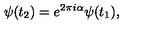
\psi ( t _ { 2 } ) = e ^ { 2 \pi i \alpha } \psi ( t _ { 1 } ) ,